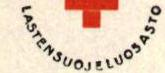
LASTENSUOJELUOSASTO